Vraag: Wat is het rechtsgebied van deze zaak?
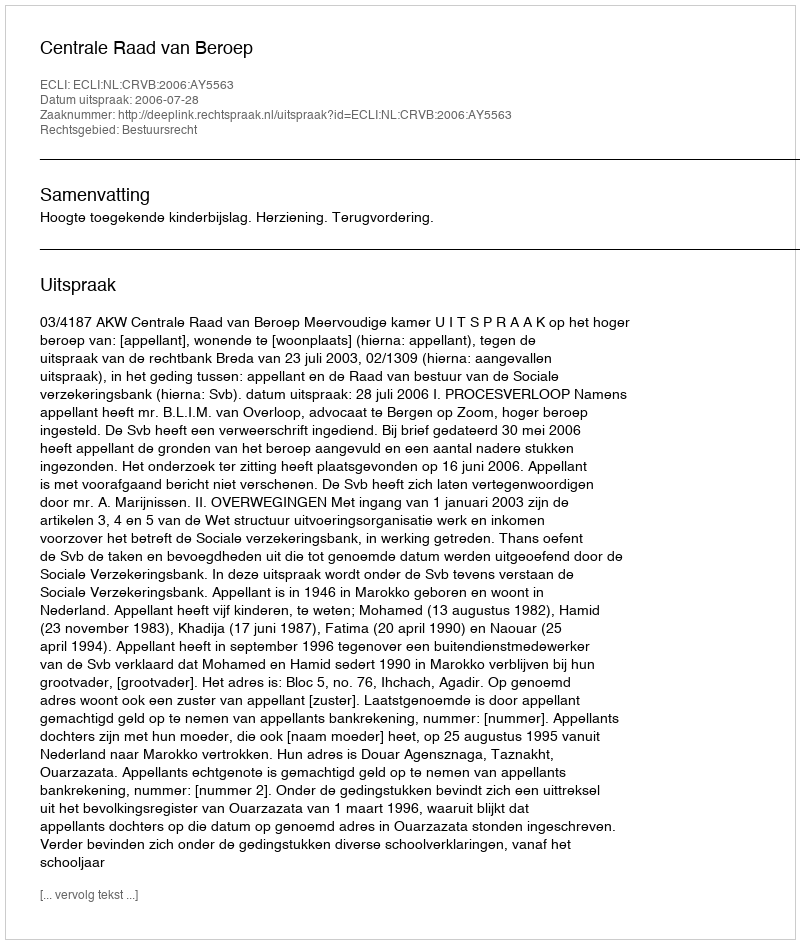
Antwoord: Bestuursrecht